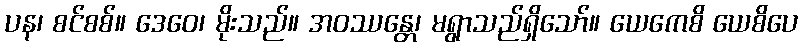
ပန၊ စင်စစ်။ ဒေဝေ၊ မိုးသည်။ အဝဿန္တေ၊ မရွာသည်ရှိသော်။ ယေကေစိ ယေစိပေ